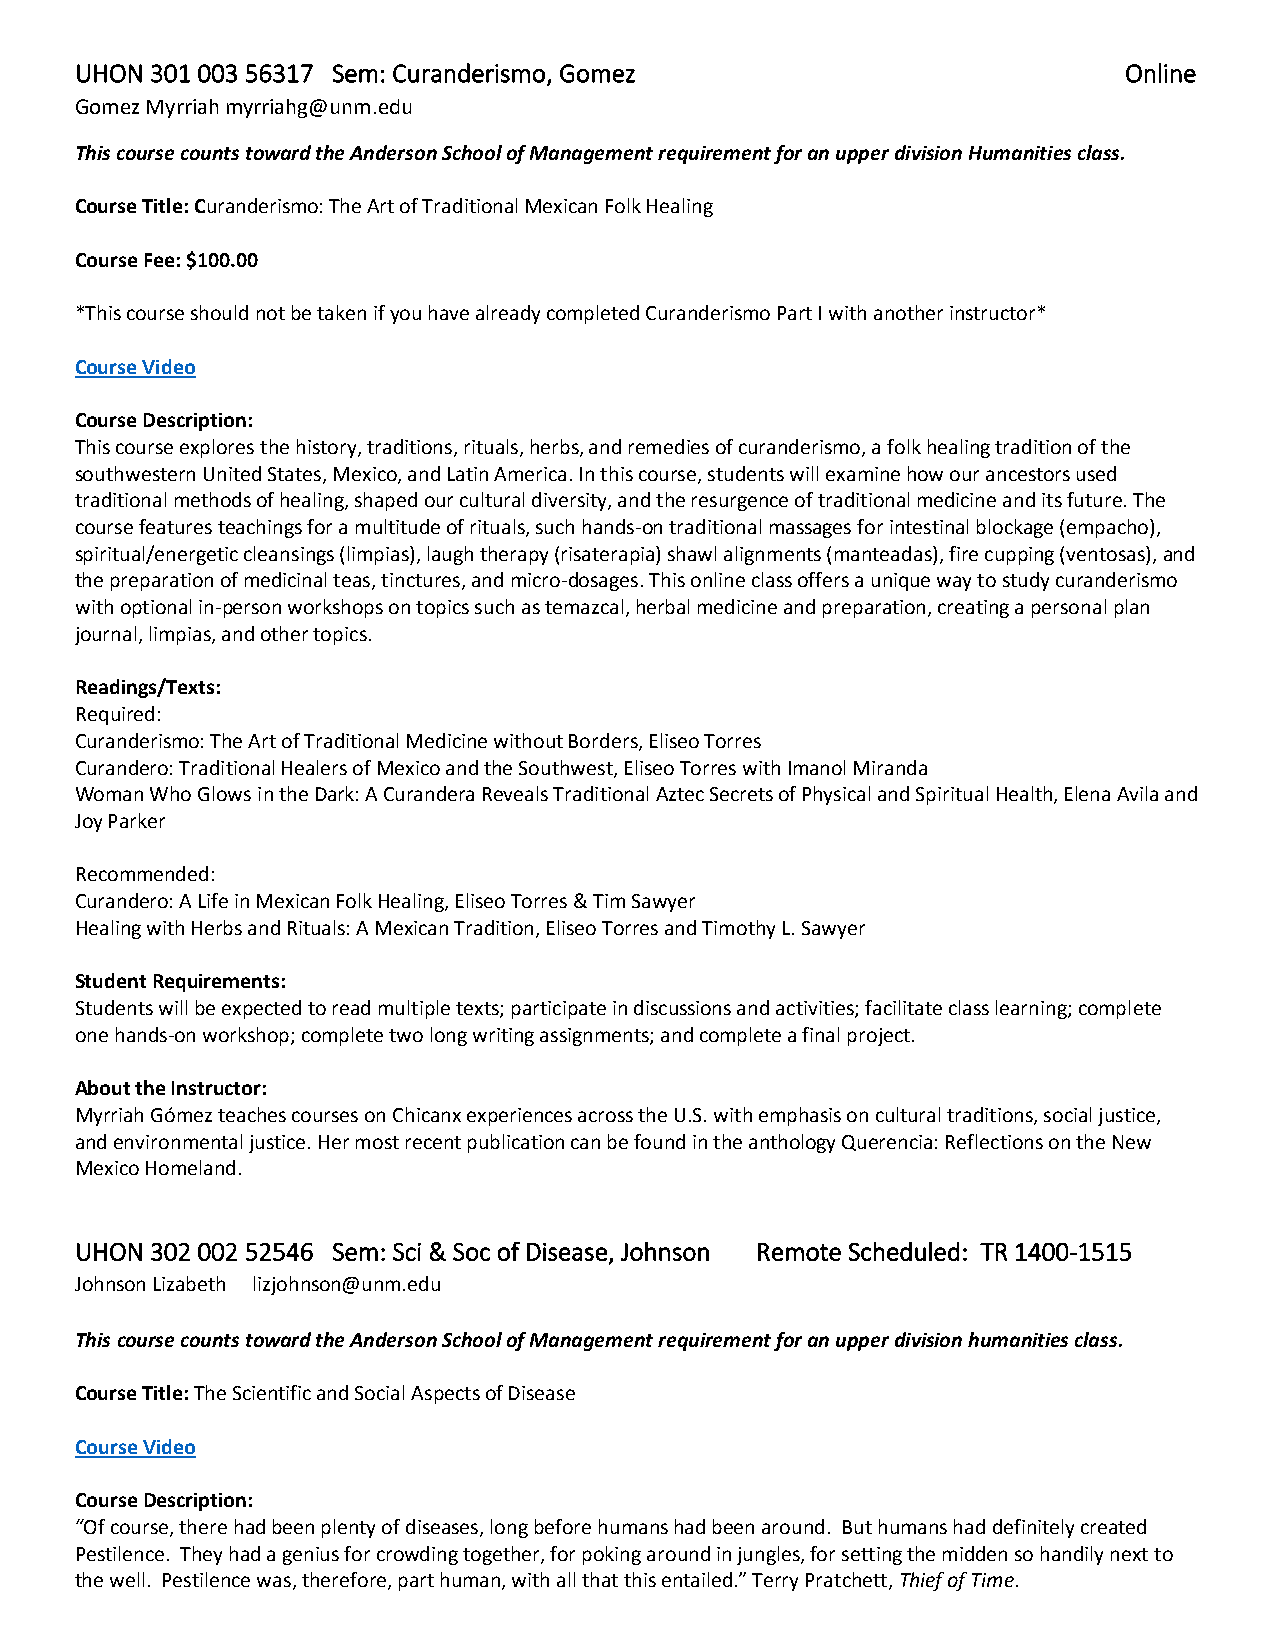
UHON 301 003 56317 Sem: Curanderismo, Gomez                          Online
 Gomez Myrriah myrriahg@unm.edu
 This course counts toward the Anderson School of Management requirement for an upper division Humanities class.
 Course Title: Curanderismo: The Art of Traditional Mexican Folk Healing
 Course Fee: $100.00
 *This course should not be taken if you have already completed Curanderismo Part I with another instructor*
 Course Video
 Course Description:
 This course explores the history, traditions, rituals, herbs, and remedies of curanderismo, a folk healing tradition of the
 southwestern United States, Mexico, and Latin America. In this course, students will examine how our ancestors used
 traditional methods of healing, shaped our cultural diversity, and the resurgence of traditional medicine and its future. The
 course features teachings for a multitude of rituals, such hands-on traditional massages for intestinal blockage (empacho),
 spiritual/energetic cleansings (limpias), laugh therapy (risaterapia) shawl alignments (manteadas), fire cupping (ventosas), and
 the preparation of medicinal teas, tinctures, and micro-dosages. This online class offers a unique way to study curanderismo
 with optional in-person workshops on topics such as temazcal, herbal medicine and preparation, creating a personal plan
 journal, limpias, and other topics.
 Readings/Texts:
 Required:
 Curanderismo: The Art of Traditional Medicine without Borders, Eliseo Torres
 Curandero: Traditional Healers of Mexico and the Southwest, Eliseo Torres with Imanol Miranda
 Woman Who Glows in the Dark: A Curandera Reveals Traditional Aztec Secrets of Physical and Spiritual Health, Elena Avila and
 Joy Parker
 Recommended:
 Curandero: A Life in Mexican Folk Healing, Eliseo Torres & Tim Sawyer
 Healing with Herbs and Rituals: A Mexican Tradition, Eliseo Torres and Timothy L. Sawyer
 Student Requirements:
 Students will be expected to read multiple texts; participate in discussions and activities; facilitate class learning; complete
 one hands-on workshop; complete two long writing assignments; and complete a final project.
 About the Instructor:
 Myrriah Gómez teaches courses on Chicanx experiences across the U.S. with emphasis on cultural traditions, social justice,
 and environmental justice. Her most recent publication can be found in the anthology Querencia: Reflections on the New
 Mexico Homeland.
 UHON 302 002 52546 Sem: Sci & Soc of Disease, Johnson Remote Scheduled: TR 1400-1515
 Johnson Lizabeth lizjohnson@unm.edu
 This course counts toward the Anderson School of Management requirement for an upper division humanities class.
 Course Title: The Scientific and Social Aspects of Disease
 Course Video
 Course Description:
 “Of course, there had been plenty of diseases, long before humans had been around. But humans had definitely created
 Pestilence. They had a genius for crowding together, for poking around in jungles, for setting the midden so handily next to
 the well. Pestilence was, therefore, part human, with all that this entailed.” Terry Pratchett, Thief of Time.